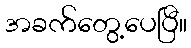
အခက်တွေ့ပေပြီ။